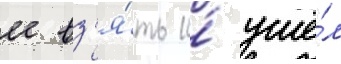
ее вз'я́ть и́ ушё́л